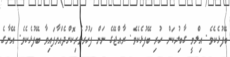
ބޭފުޅެކެވެ. އިލްމީ ގާބިލުކަން ހުރި ބޭފުޅެކެވެ. ރާއްޖޭގެ ނަން ފަހުރުވެރިކޮށްދެއްވާފައިވާ ބޭފުޅެކެވެ. އޭނާގެ